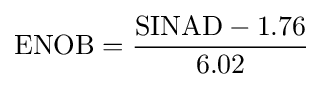
\mathrm {ENOB} ={\frac {\mathrm {SINAD} -1.76}{6.02}}